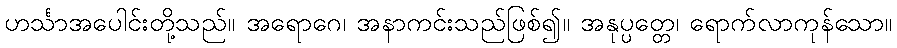
ဟင်္သာအပေါင်းတို့သည်။ အရောဂေ၊ အနာကင်းသည်ဖြစ်၍။ အနုပ္ပတ္တေ၊ ရောက်လာကုန်သော။